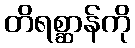
တိရစ္ဆာန်ကို